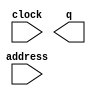
module DynamicFocus (
	address,
	clock,
	q);

	input	[14:0]  address;
	input	  clock;
	output	[7:0]  q;

endmodule